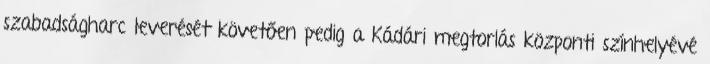
szabadságharc leverését követően pedig a Kádári megtorlás központi színhelyévé